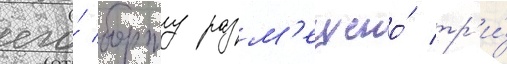
его́ борту разм'ещено́ тр'и́